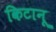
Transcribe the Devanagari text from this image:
किटानू